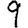
Digit: 9